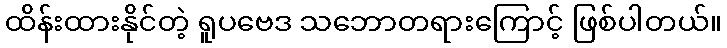
ထိန်းထားနိုင်တဲ့ ရူပဗေဒ သဘောတရားကြောင့် ဖြစ်ပါတယ်။